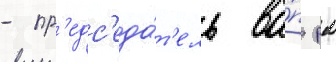
- пр'едс'еда́т'ель ва́п рк